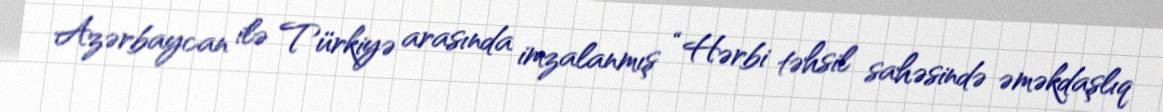
Azərbaycan ilə Türkiyə arasında imzalanmış “Hərbi təhsil sahəsində əməkdaşlıq